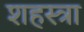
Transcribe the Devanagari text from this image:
शहस्त्रा